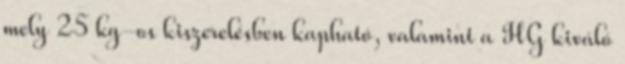
mely 25 kg-os kiszerelésben kapható, valamint a HG kiváló